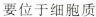
要位于细胞质